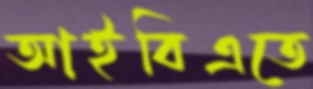
আইবিএতে